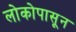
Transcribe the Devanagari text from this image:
लोकोपासून